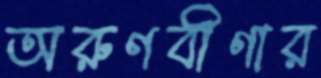
অরুণবীণার